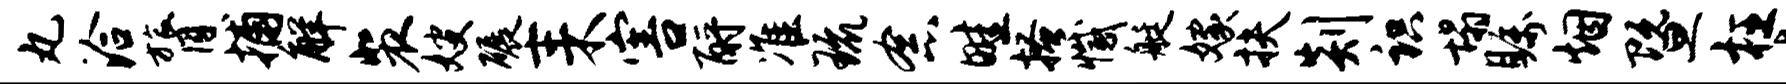
丸洽膂捕解裴嫂碾耒害酹准琉念畦搔撼艇嫁扶剡识塌瞩烟暨枉唏